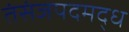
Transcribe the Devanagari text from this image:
तंसंजपदमद्ध